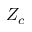
Z _ { c }